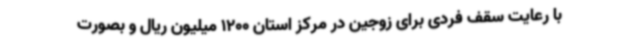
با رعایت سقف فردی برای زوجین در مرکز استان 1200 میلیون ریال و بصورت